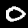
Label: 0